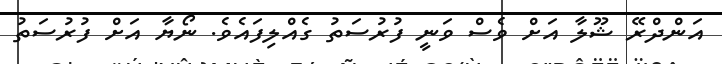
އަންދްރޭ ޝޫލާ އަށް ވެސް ވަނީ ފުރުސަތު ގެއްލިފައެވެ. ނޯޔާ އަށް ފުރުސަތު